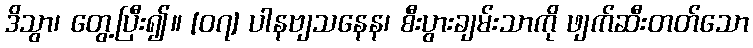
ဒိသွာ၊ တွေ့ပြီး၍။ [၀၇] ပါနဗျသနေန၊ စီးပွားချမ်းသာကို ဖျက်ဆီးတတ်သော